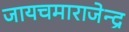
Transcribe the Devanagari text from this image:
जायचमाराजेन्द्र